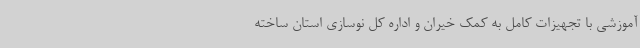
آموزشی با تجهیزات کامل به کمک خیران و اداره کل نوسازی استان ساخته